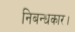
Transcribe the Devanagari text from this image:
निबन्धकार।